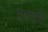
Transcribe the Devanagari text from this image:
पुण्यवृत्ति